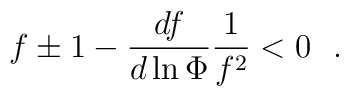
{ f\pm1-{df\over d\ln    \Phi }{1\over f^2}<0 \ \ .}